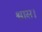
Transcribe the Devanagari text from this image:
श्वास।